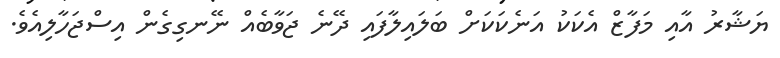
ޔަޝާރު އާއި މަފާޒް އެކަކު އަނެކަކަށް ބަލައިލާފައި ދޭނެ ޖަވާބެއް ނޭނގިގެން އިސްޖަހާލިއެވެ.